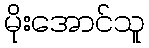
မိုးအောင်သူ